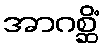
အာဂစ္ဆိံ